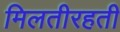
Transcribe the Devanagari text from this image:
मिलतीरहती